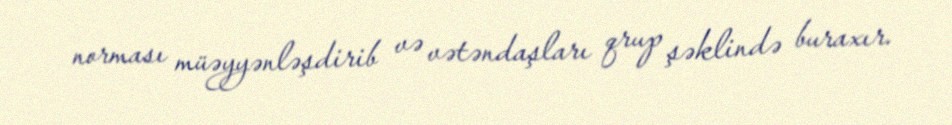
norması müəyyənləşdirib və vətəndaşları qrup şəklində buraxır.